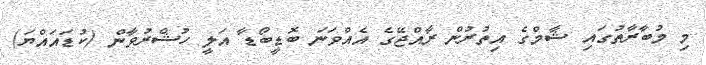
މި މުބާރާތުގައި ޝާމްގެ އިތުރުން ރާއްޖޭގެ އެއްވަނަ ބޮޑީބޯޑާ އަލީ ހުޝްރުވާން (ކުޑައައްޔަ)